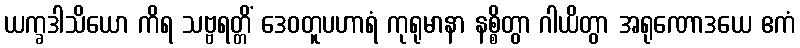
ယက္ခဒါသိယော ကိရ သဗ္ဗရတ္တိံ ဒေဝတူပဟာရံ ကုရုမာနာ နစ္စိတွာ ဂါယိတွာ အရုဏောဒယေ ဧကံ